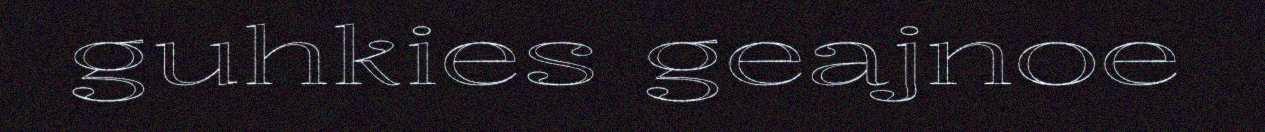
guhkies geajnoe